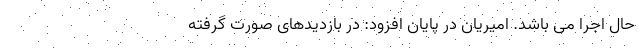
حال اجرا می باشد. امیریان در پایان افزود: در بازدیدهای صورت گرفته